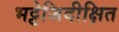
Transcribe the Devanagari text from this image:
भट्टेजिदीक्षित